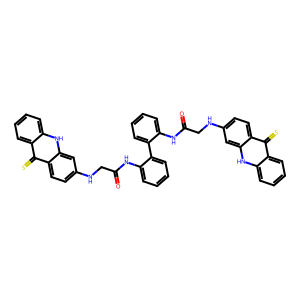
SMILES: O=C(CNc1ccc2c(=S)c3ccccc3[nH]c2c1)Nc1ccccc1-c1ccccc1NC(=O)CNc1ccc2c(=S)c3ccccc3[nH]c2c1
Inhibits HIV replication: No